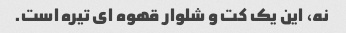
نه، این یک کت و شلوار قهوه ای تیره است.